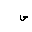
Letter: _sad